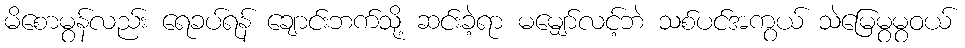
မိစောမွန်လည်း ရေခပ်ရန် ချောင်းဘက်သို့ ဆင်းခဲ့ရာ မမျှော်လင့်ဘဲ သစ်ပင်အကွယ် သဲမြေမွမွဝယ်